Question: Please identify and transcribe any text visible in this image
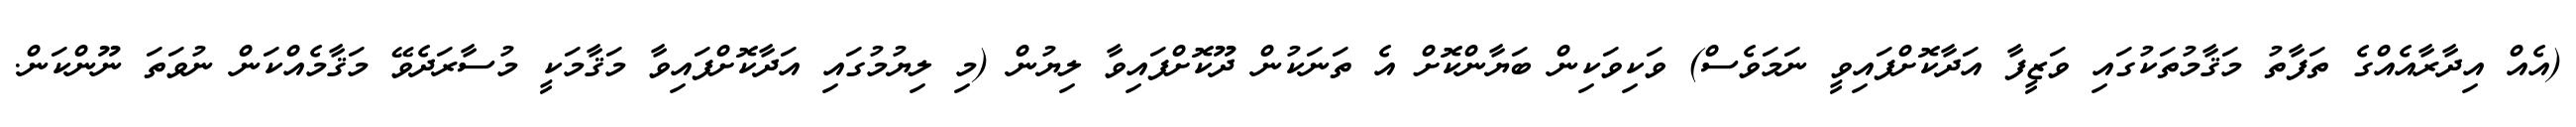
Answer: (އެއް އިދާރާއެއްގެ ތަފާތު މަޤާމުތަކުގައި ވަޒީފާ އަދާކޮށްފައިވީ ނަމަވެސް) ވަކިވަކިން ބަޔާންކޮށް އެ ތަނަކުން ދޫކޮށްފައިވާ ލިޔުން (މި ލިޔުމުގައި އަދާކޮށްފައިވާ މަޤާމަކީ މުސާރަދެވޭ މަޤާމެއްކަން ނުވަތަ ނޫންކަން.